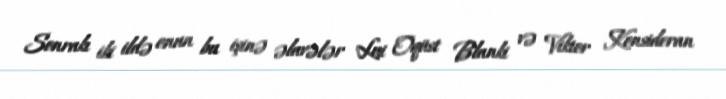
Sonrakı iki ildə onun bu işinə əlavələr Lui Oqüst Blanki və Viktor Konsideran